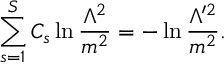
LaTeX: \sum _ { s = 1 } ^ { S } C _ { s } \ln \frac { \Lambda ^ { 2 } } { m ^ { 2 } } = - \ln \frac { \Lambda ^ { \prime 2 } } { m ^ { 2 } } .